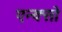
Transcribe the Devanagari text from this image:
एन्क्सो